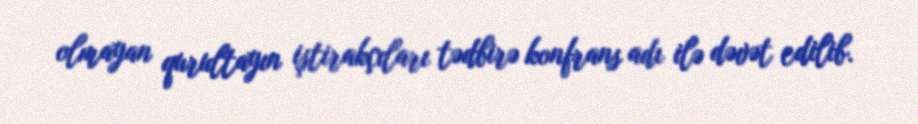
olmayan qurultayın iştirakçıları tədbirə konfrans adı ilə dəvət edilib.